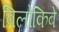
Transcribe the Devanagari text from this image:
बिलोकिबे